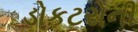
ડોકટરોની